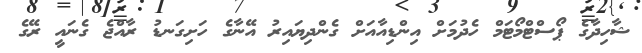
ޝާހިދާގެ ޕޯސްޓްމޯޓަމް ހެދުމަށް އިންޑިއާއަށް ގެންދިޔައިރު އޭނާގެ ހަށިގަނޑު ރާއްޖެ ގެނައީ ރޭގެ